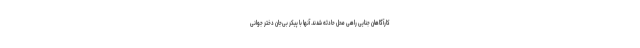
کارآگاهان جنایی راهی محل حادثه شدند. آنها با پیکر بی‌جان دختر جوانی